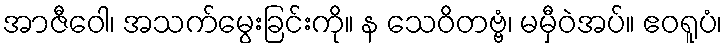
အာဇီဝေါ၊ အသက်မွေးခြင်းကို။ န သေဝိတဗ္ဗံ၊ မမှီဝဲအပ်။ ဧဝရူပံ၊